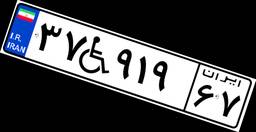
۳۷W۹۱۹۶۷